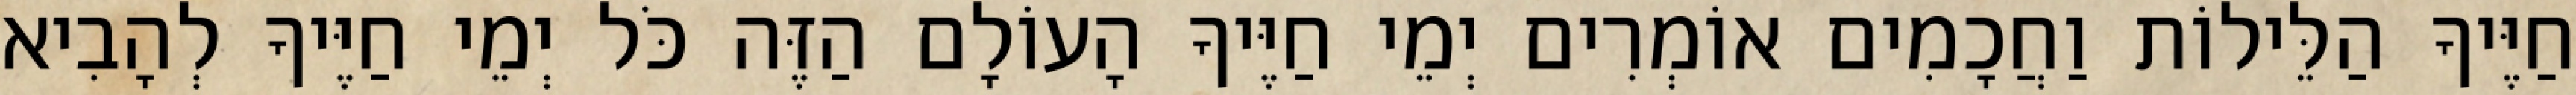
חַיֶּיךָ הַלֵּילוֹת וַחֲכָמִים אוֹמְרִים יְמֵי חַיֶּיךָ הָעוֹלָם הַזֶּה כֹּל יְמֵי חַיֶּיךָ לְהָבִיא